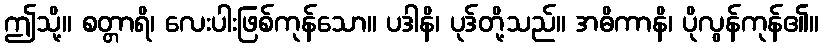
ဤသို့။ စတ္တာရိ၊ လေးပါးဖြစ်ကုန်သော။ ပဒါနိ၊ ပုဒ်တို့သည်။ အဓိကာနိ၊ ပိုလွန်ကုန်၏။